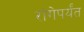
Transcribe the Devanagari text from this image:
रांगेपर्यंत